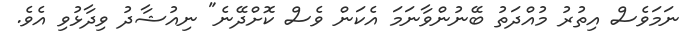
ނަމަވެސް އިތުރު މުއްދަތު ބޭނުންވާނަމަ އެކަން ވެސް ކޮށްދޭނެ" ނިއުޝާދު ވިދާޅުވި އެވެ.